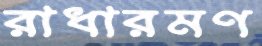
রাধারমণ